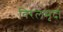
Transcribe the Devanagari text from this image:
विरलमृदा